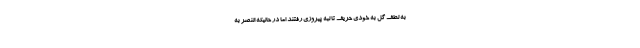
به لطف گل به خودی حریف تا لبه پیروزی رفتند اما در حالیکه النصر به